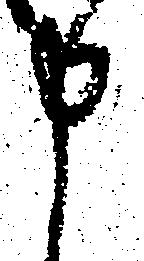
申